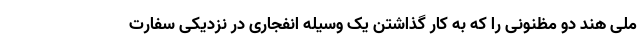
ملی هند دو مظنونی را که به کار گذاشتن یک وسیله انفجاری در نزدیکی سفارت